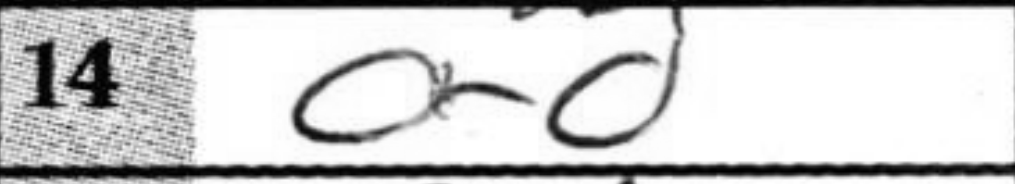
Transcription: O-O